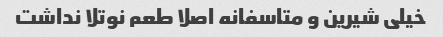
خیلی شیرین و متاسفانه اصلا طعم نوتلا نداشت